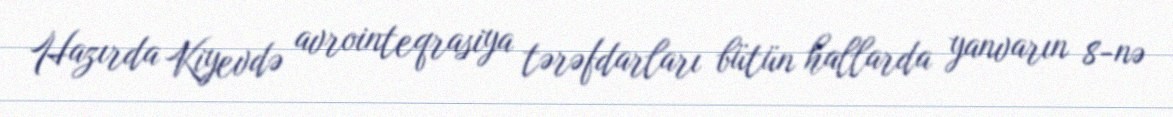
Hazırda Kiyevdə avrointeqrasiya tərəfdarları bütün hallarda yanvarın 8-nə